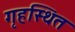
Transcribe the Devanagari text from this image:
गृहस्थित